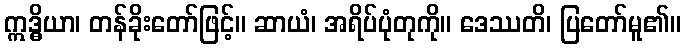
ဣဒ္ဓိယာ၊ တန်ခိုးတော်ဖြင့်။ ဆာယံ၊ အရိပ်ပုံတုကို။ ဒေဿတိ၊ ပြတော်မူ၏။